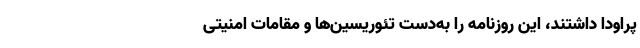
پراودا داشتند، این روزنامه را به‌دست تئوریسین‌ها و مقامات امنیتی